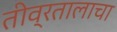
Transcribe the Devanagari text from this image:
तीव्रतालाचा